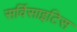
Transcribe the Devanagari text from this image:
सर्विसाइटिस